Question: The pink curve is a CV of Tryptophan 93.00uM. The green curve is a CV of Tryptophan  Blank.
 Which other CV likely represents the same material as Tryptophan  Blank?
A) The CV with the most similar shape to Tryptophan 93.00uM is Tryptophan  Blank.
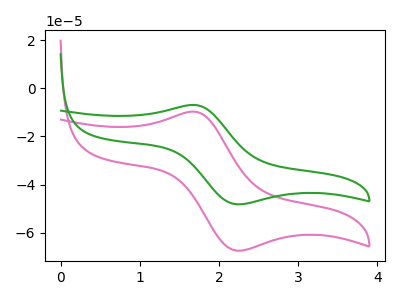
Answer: <think>The pink curve "Tryptophan 93.00uM" has an anodic peak at (1.70V, -9.70uA) and a cathodic peak at (2.20V, -67.35uA). The green curve "Tryptophan  Blank" has an anodic peak at (1.70V, -6.95uA) and a cathodic peak at (2.20V, -48.15uA).
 All the peaks in "Tryptophan 93.00uM" have a peak in "Tryptophan  Blank" at the same potential.</think>
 <answer>A) The CV with the most similar shape to "Tryptophan 93.00uM" is "Tryptophan  Blank".</answer>
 <eval>A</eval>